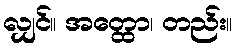
လျှင်။ အတ္ထော၊ တည်း။